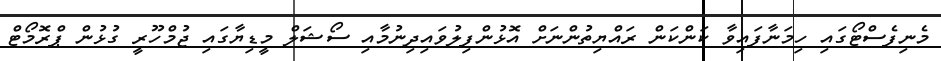
މެނިފެސްޓޯގައި ހިމަނާފައިވާ ކަންކަން ރައްޔިތުންނަށް އޮޅުންފިލުވައިދިނުމާއި ސޯޝަލް މީޑިޔާގައި ޖުމްހޫރީ ގުޅުން ޕްރޮމޯޓް